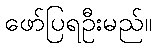
ဖော်ပြရဦးမည်။